Indian journal of veterinary science and animal husbandry - Volume 14,
Year: 1944
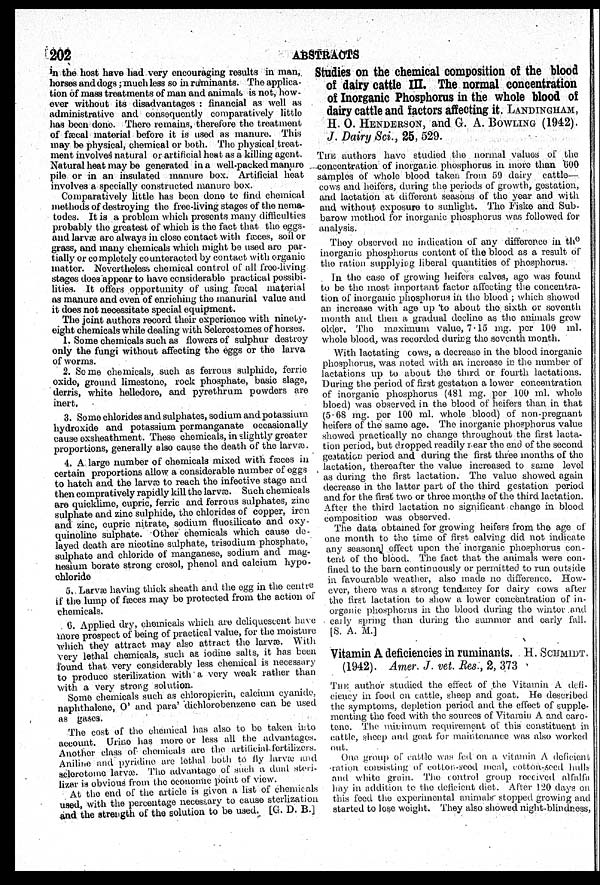
202
ABSTRACTS
in the host have had very encouraging results in man,
horses and dogs ; much less so in ruminants. The applica-
tion of mass treatments of man and animals is not, how-
ever without its disadvantages : financial as well as
administrative and consequently comparatively little
has been done. There remains, therefore the treatment
of fæcal material before it is used as manure. This
may be physical, chemical or both. The physical treat-
ment involves natural or artificial heat as a killing agent.
Natural heat may be generated in a well-packed manure
pile or in an insulated manure box. Artificial heat
involves a specially constructed manure box.
Comparatively little has been done to find chemical
methods of destroying the free-living stages of the nema-
todes. It is a problem which presents many difficulties
probably the greatest of which is the fact that the eggs-
and larvæ are always in close contact with fæces, soil or
grass, and many chemicals which might be used are par-
tially or completely counteracted by contact with organic
matter. Nevertheless chemical control of all free-living
stages does appear to have considerable practical possibi-
lities. It offers opportunity of using fæcal material
as manure and even of enriching the manurial value and
it does not necessitate special equipment.
The joint authors record their experience with ninety-
eight chemicals while dealing with Selerostomes of horses.
1. Some chemicals such as flowers of sulphur destroy
only the fungi without affecting the eggs or the larva
of worms.
2. Some chemicals, such as ferrous sulphide, ferric
oxide, ground limestone, rock phosphate, basic slage,
derris, white helledore, and pyrethrum powders are
inert.
3. Some chlorides and sulphates, sodium and potassium
hydroxide and potassium permanganate occasionally
cause exsheathment. These chemicals, in slightly greater
proportions, generally also cause the death of the larvæ.
4. A large number of chemicals mixed with fæces in
certain proportions allow a considerable number of eggs
to hatch and the larvæ to reach the infective stage and
then compratively rapidly kill the larvæ. Such chemicals
are quicklime, cupric, ferric and ferrous sulphates, zinc
sulphate and zinc sulphide, the chlorides of copper, iron
and zinc, cuprie nitrate, sodium fluosilicate and oxy-
quinoline sulphate. Other chemicals which cause de-
layed death are nicotine sulphate, trisodium phosphate,
sulphate and chloride of manganese, sodium and mag-
nesium borate strong cresol, phenol and calcium hypo-
chloride
5. Larvae having thick sheath and the egg in the centre
if the lump of fæces may be protected from the action of
chemicals.
6. Applied dry, chemicals which are deliquescent have
more prospect of being of practical value, for the moisture
which they attract may also attract the larvæ. With
very lethal chemicals, such as iodine salts, it has been
found that very considerably less chemical is necessary
to produce sterilization with a very weak rather than
with a very strong solution.
Some chemicals such as chloropicrin, calcium cyanide,
naphthalene, O' and para' dichlorobenzene can be used
as gases.
The cost of the chemical has also to be taken into
account. Urine has more or less all the advantages.
Another class of chemicals are the artificial fertilizers.
Aniline and pyridine are lethal both to fly larvæ and
sclerotome larvæ. The advuntage of such a dual steri-
lizer is obvious from the economic point of view.
At the end of the article is given a list of chemicals
used, with the percentage necessary to cause sterlization
and the strength of the solution to be used. [G. D. B.]
Studies on the chemical composition of the blood
of dairy cattle III. The normal concentration
of Inorganic Phosphorus in the whole blood of
dairy cattle and factors affecting it. LANDINGHAM,
H. O. HENDERSON, and G. A. BOWLING (1942).
J. Dairy Sci., 25, 529.
THE authors have studied the normal values of the
concentration of inorganic phosphorus in more than 000
samples of whole blood taken from 59 dairy cattle—
cows and heifers, during the periods of growth, gestation,
and lactation at different seasons of the year and with
and without exposure to sunlight. The Fiske and Sub-
barow method for inorganic phosphorus was followed for
analysis.
They observed no indication of any difference in the
inorganic phosphorus content of the blood as a result of
the ration supplying liberal quantities of phosphorus.
In the case of growing heifers calves, ago was found
to be the most important factor affecting the concentra-
tion of inorganic phosphorus in the blood; which showed
an increase with age up to about the sixth or seventh
month and then a gradual decline as the animals grew
older. The maximum value, 7.15 mg. per 100 ml.
whole blood, was recorded during the seventh month.
With lactating cows, a decrease in the blood inorganic
phosphorus, was noted with an increase in the number of
lactations up to about the third or fourth lactations.
During the period of first gestation a lower concentration
of inorganic phosphorus (481 mg. per 100 ml. whole
bloed) was observed in the blood of heifers than in that
(5.68 mg. per 100 ml. whole blood) of non-pregnant
heifers of the same age. The inorganic phosphorus value
showed practically no change throughout the first lacta-
tion period, but dropped readily rear the end of the second
gestation period and during the first three months of the
lactation, thereafter the value increased to same level
as during the first lactation. The value showed again
decrease in the latter part of the third gestation period
and for the first two or three months of the third lactation.
After the third lactation no significant change in blood
composition was observed.
The data obtained for growing heifers from the age of
one month to the time of first calving did not indicate
any seasonal effect upon the inorganic phosphorus con-
tent of the blood. The fact that the animals were con-
fined to the barn continuously or permitted to run outside
in favourable weather, also made no difference. How-
ever, there was a strong tendency for dairy cows after
the first lactation to show a lower concentration of in-
organic phosphorus in the blood during the winter and
early spring than during the summer and early fall.
[S. A. M.]
Vitamin A deficiencies in ruminants. H. SCHMIDT.
(1942). Amer. J. vet. Res., 2, 373
THE author studied the effect of the Vitamin A defi-
ciency in food on cattle, sheep and goat. He described
the symptoms, depletion period and the effect of supple-
menting the feed with the sources of Vitamin A and caro-
tene. The minimum requirement of this constituent in
cattle, sheep and goat for maintenance was also worked
out.
One group of cattle was fed on a vitamin A deficient
ration consisting of cotton-seod meal, cotton-seed hulls
and white grain. The control group received alfalfa
hay in addition to the deficient diet. After 120 days on
this feed the experimental animals stopped growing and
started to lose weight. They also showed night-blindness,